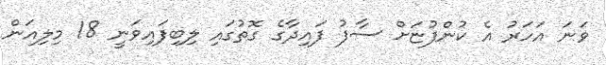
ވަނަ އަހަރު އެ ކުންފުޏަށް ސާފު ފައިދާގެ ގޮތުގައި ލިބިފައިވަނީ 18 މިލިއަން